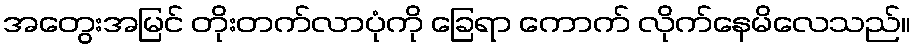
အတွေးအမြင် တိုးတက်လာပုံကို ခြေရာ ကောက် လိုက်နေမိလေသည်။